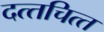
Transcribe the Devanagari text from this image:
दत्‍तचित्‍त